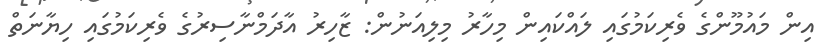
އިން މައުމޫންގެ ވެރިކަމުގައި ލައްކައިން މިހާރު މިލިއަނުން: ޒާހިރު އާދަމްނާސިރުގެ ވެރިކަމުގައި ހިޔާނަތް